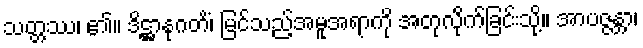
သတ္တဿ၊ ၏။ ဒိဋ္ဌာနုဂတိံ၊ မြင်သည့်အမူအရာကို အတုလိုက်ခြင်းသို့။ အာပဇ္ဇန္တာ၊